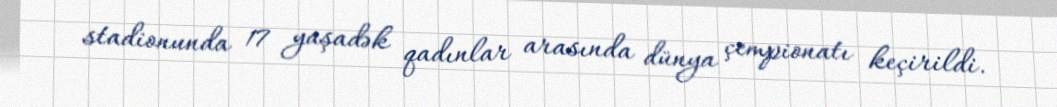
stadionunda 17 yaşadək qadınlar arasında dünya çempionatı keçirildi.